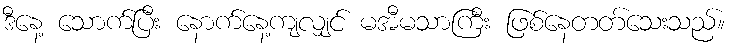
ဒီနေ့ သောက်ပြီး နောက်နေ့ကျလျှင် မအီမသာကြီး ဖြစ်နေတတ်သေးသည်။